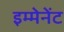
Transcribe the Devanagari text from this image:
इम्मेनेंट